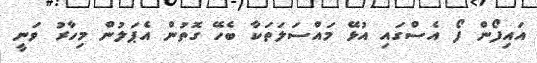
އައިފޯން ފޯ އެސްގައި އުޅޭ މައްސަލަތަކާ ބެހޭ ގޮތުން އެޕަލުން މިހާރު ވަނީ